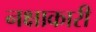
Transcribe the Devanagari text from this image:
नक्षाकारी